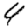
Digit: 4